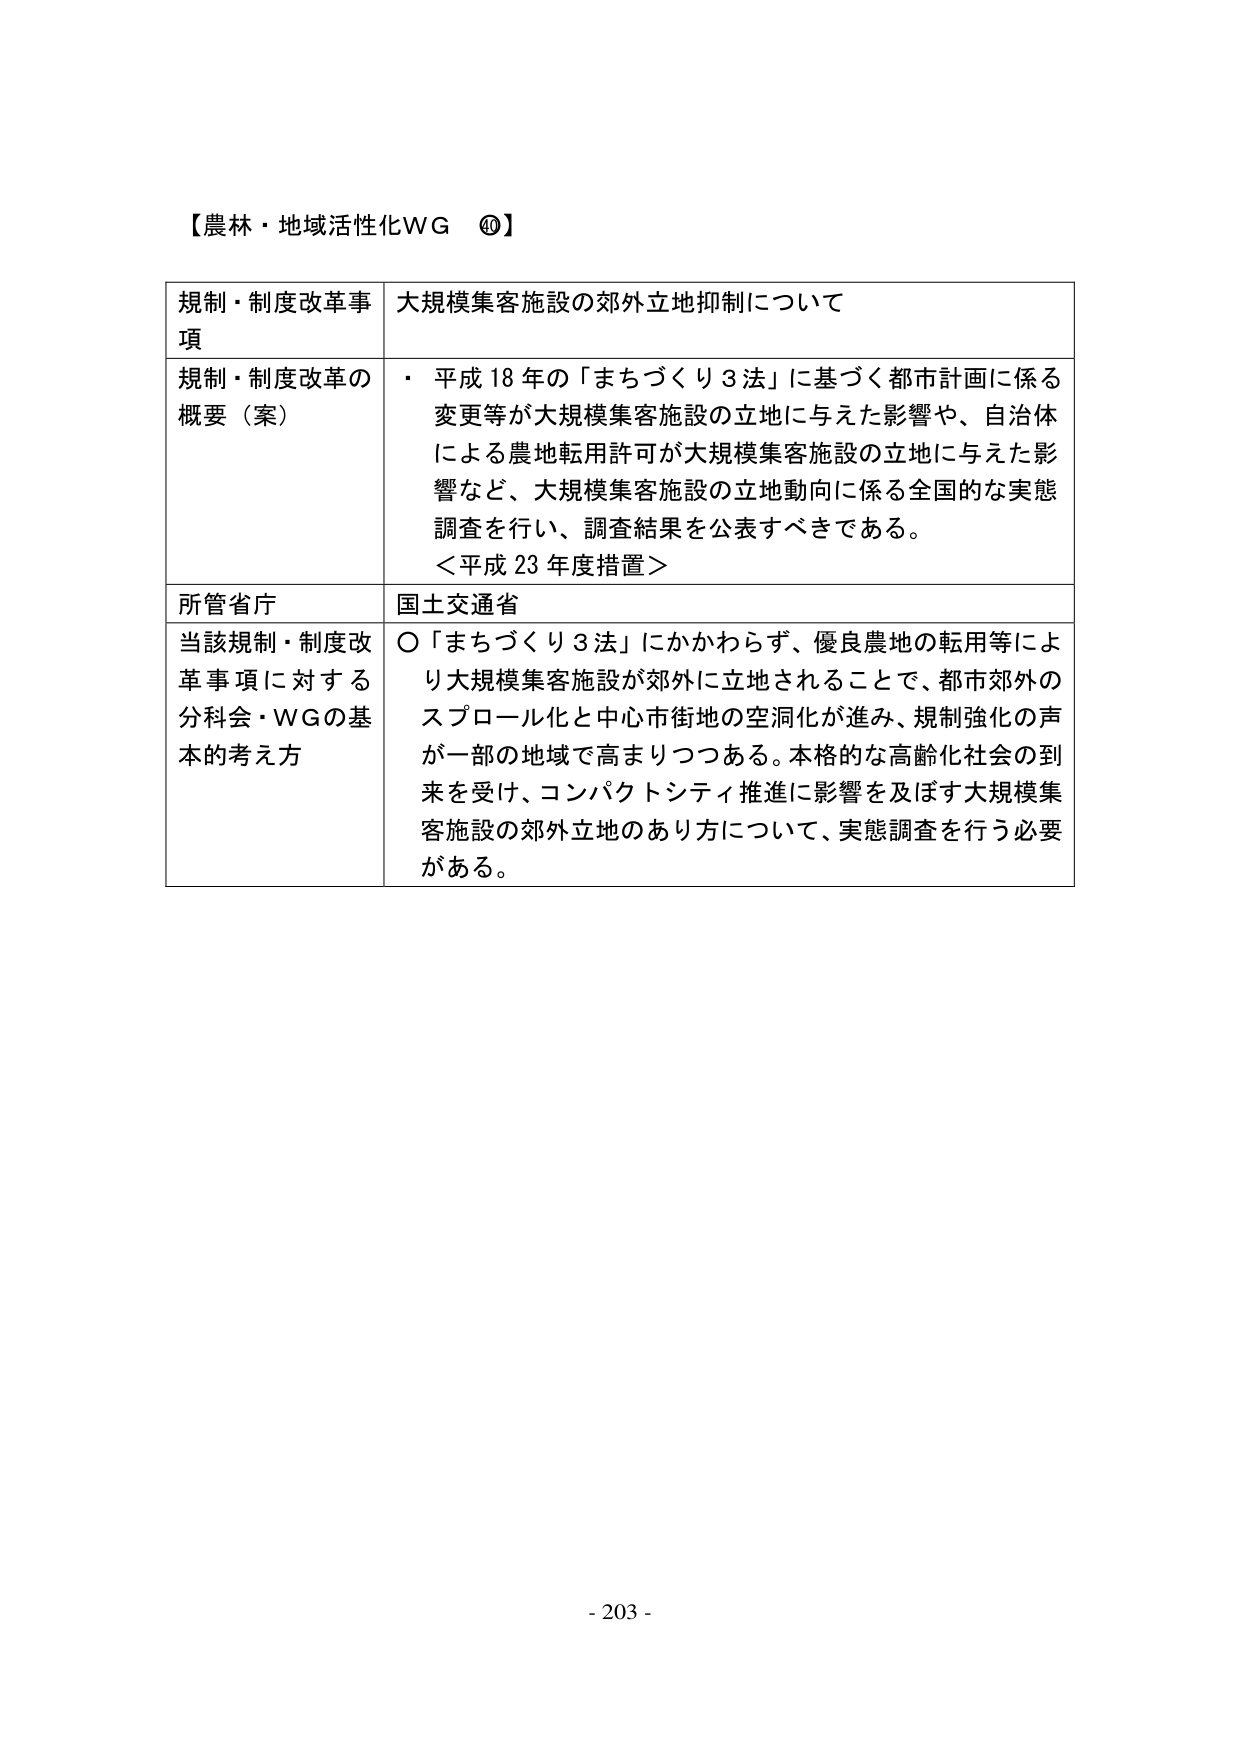
【農林・地域活性化WG ⑯】

規制・制度改革事項　大規模集客施設の郊外立地抑制について

規制・制度改革の概要（案）　・ 平成18年の「まちづくり3法」に基づく都市計画に係る変更等が大規模集客施設の立地に与えた影響や、自治体による農地転用許可が大規模集客施設の立地に与えた影響など、大規模集客施設の立地動向に係る全国的な実態調査を行い、調査結果を公表すべきである。
＜平成23年度措置＞

所管省庁　国土交通省

当該規制・制度改革事項に対する分科会・WGの基本的考え方　○「まちづくり3法」にかかわらず、優良農地の転用等により大規模集客施設が郊外に立地されることで、都市郊外のスプロール化と中心市街地の空洞化が進み、規制強化の声が一部の地域で高まりつつある。本格的な高齢化社会の到来を受け、コンパクトシティ推進に影響を及ぼす大規模集客施設の郊外立地のあり方について、実態調査を行う必要がある。

- 203 -